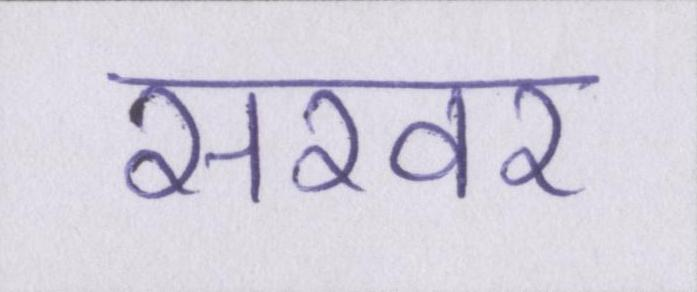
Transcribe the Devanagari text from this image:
सरवर